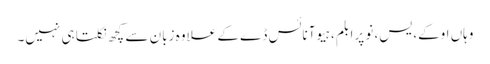
وہاں اوکے، یس، نو پرابلم، ہیو آ نائس ڈے کے علاوہ زبان سے کچھ نکلتا ہی نہیں۔